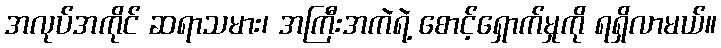
အလုပ်အကိုင် ဆရာသမား၊ အကြီးအကဲရဲ့ စောင့်ရှောက်မှုကို ရရှိလာမယ်။